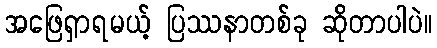
အဖြေရှာရမယ့် ပြဿနာတစ်ခု ဆိုတာပါပဲ။